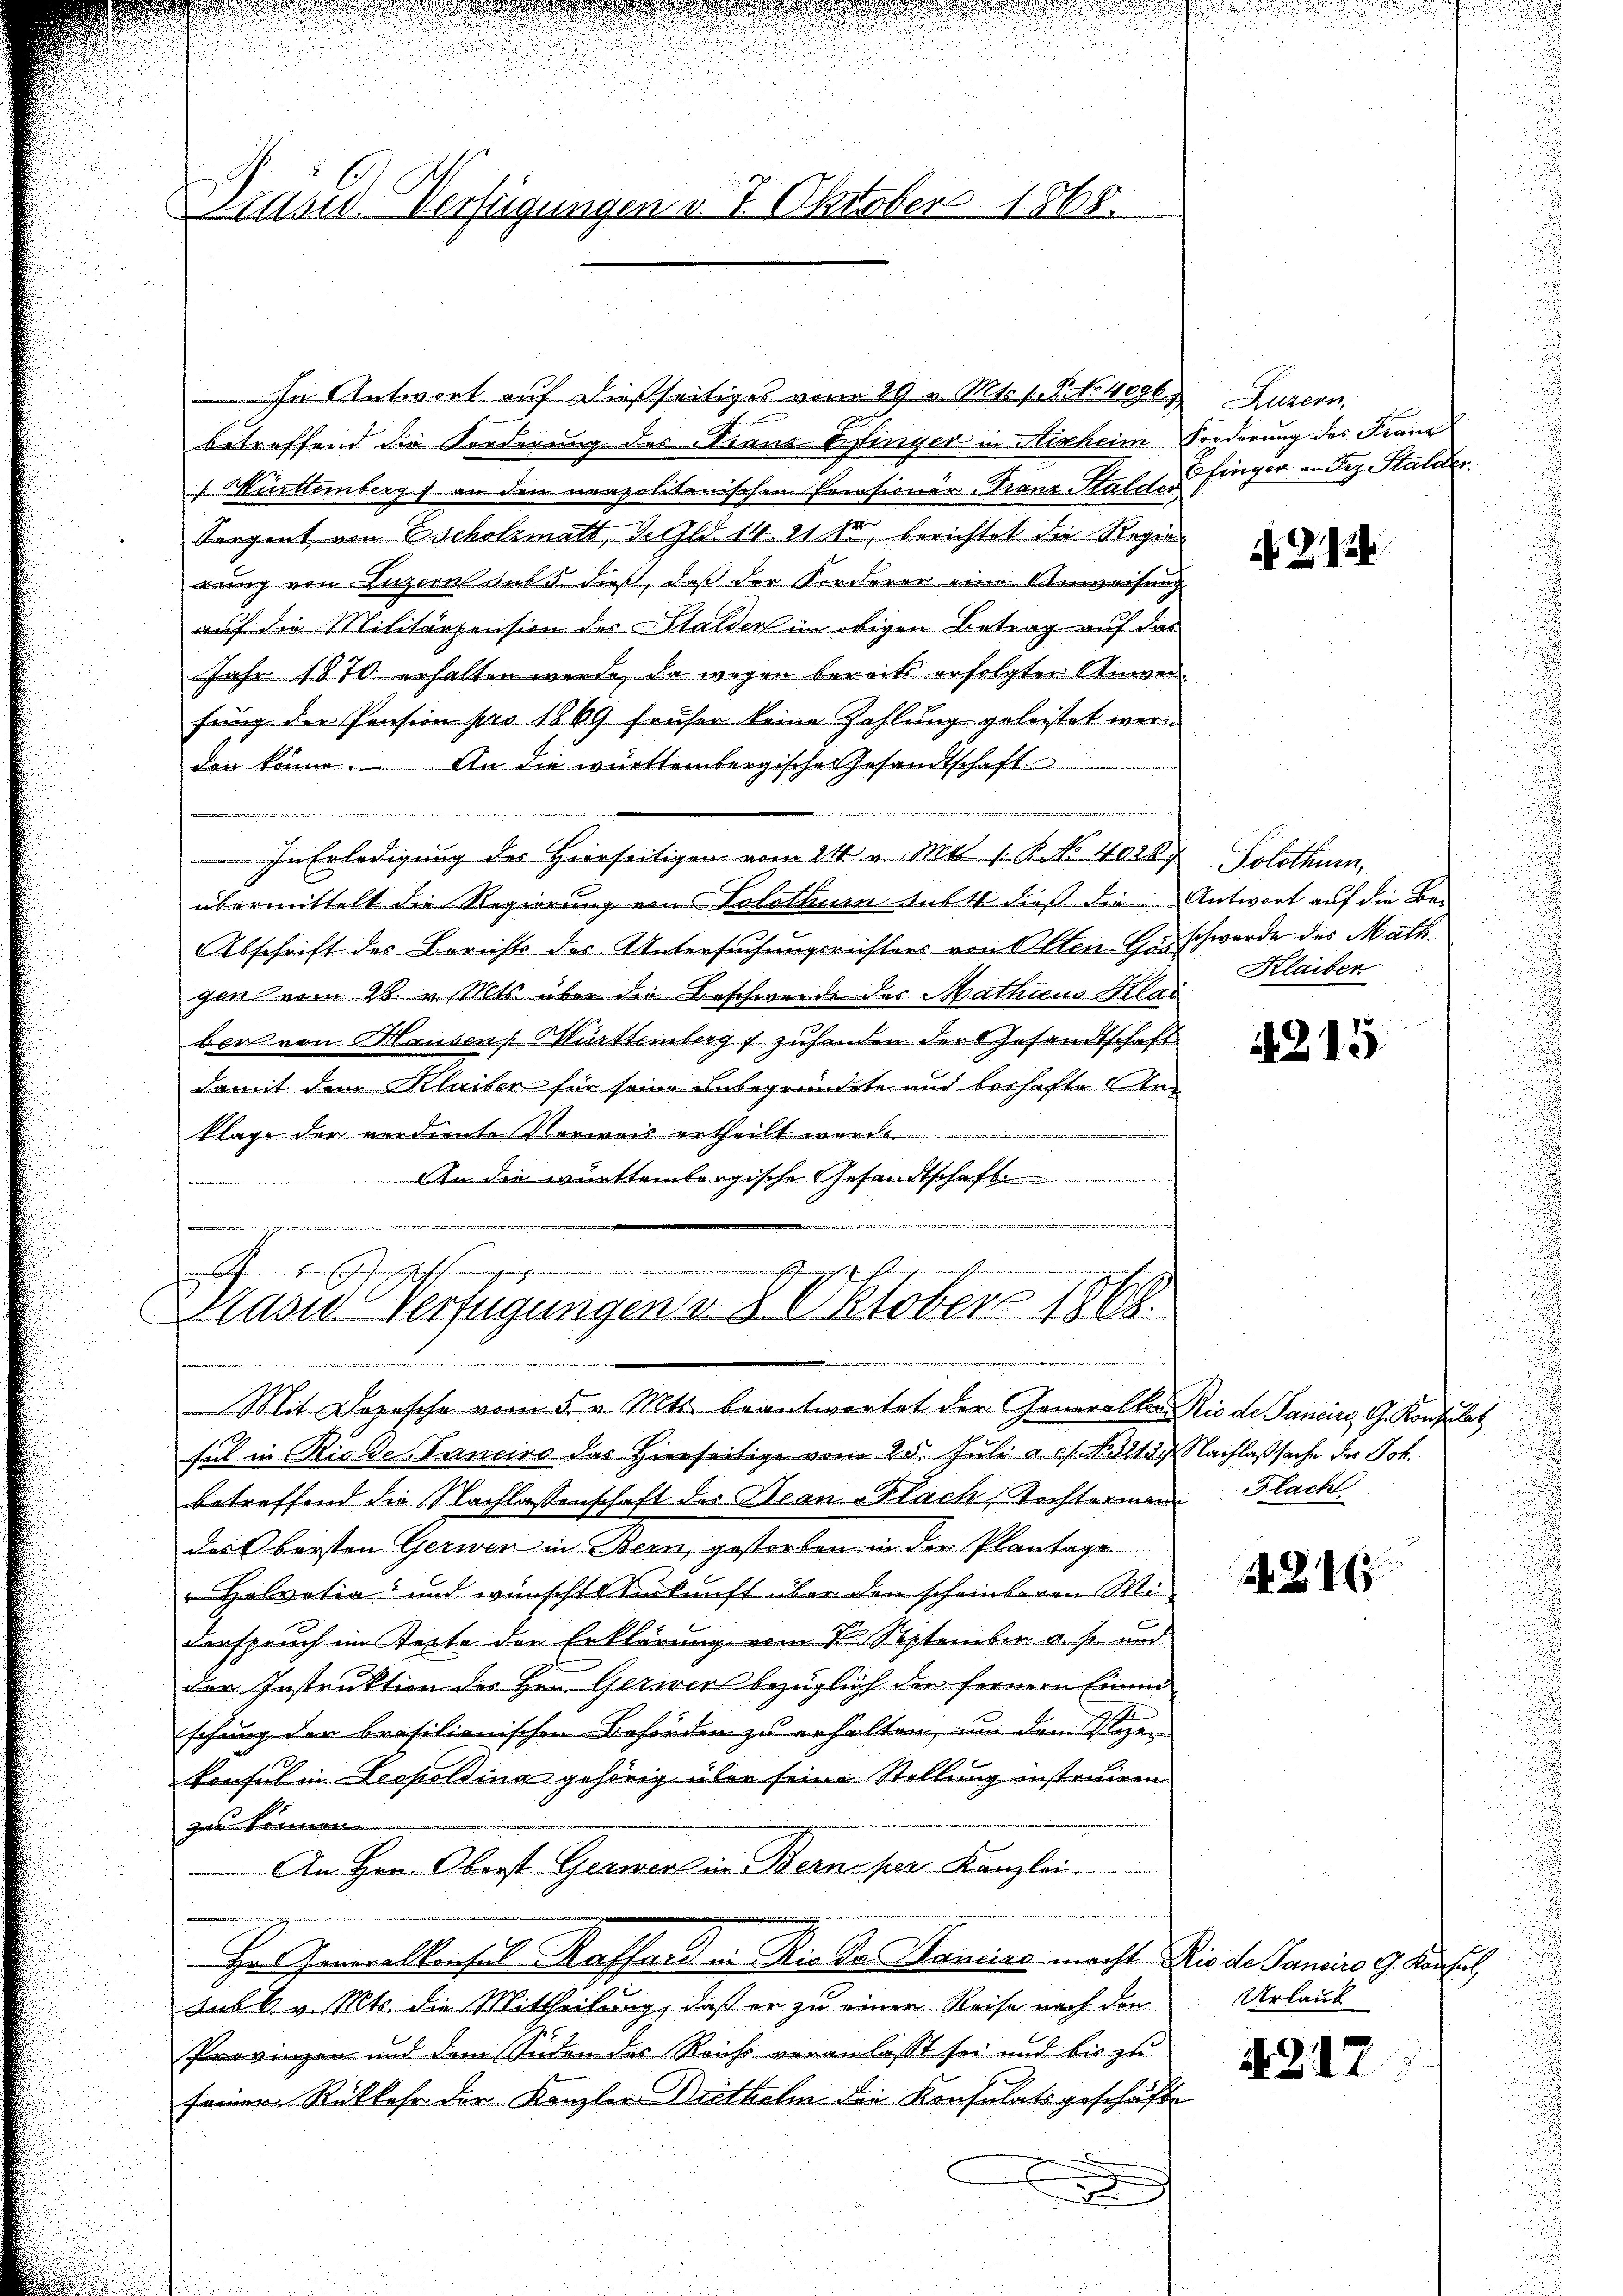
Brand Verfügungen v. 7. Oktober 1868.

In Antwort auf dießseitiges vom 19 v. Mts. s. Bregen Luzern
betreffend die Forderung des Diana Pfinger in Hisheim Forderung des Franz
 Württemberg) an den neapolitanischen Erensionär-Franz Stald- & Finger an Frz. Stalder.
Sargent von Erscholzmatt Geld 14. 21 Sr, berichtet die Regie
rung von Luzern sub 5. dieß, daß der Forderer eine Anweisung
auf die Militärpension des Stalder in obigen Betrag auf das
Jahr 1870 erhalten werde, da wegen bereits erfolgter Stimenfung der Pension pro 1869 früher keine Zahlung geleistet worden könne. An die württembergische Gesandtschaft
In Erledigung des Hierseitigen vom 14 v. Mts. s. R. 4028.
übermittelt die Regierung von Solothur dass dieß die Antwort auf die Be-
Abschrift des Berichts des Untersuchungsrichters von Olten Horschwerde des Math.
gen vom 28. v. Mts. über die Beschwerde des Mathaus Klas
ber von Hausen Württemberg   zuhanden der Gesandtschaft
damit dem Klaiber für seine unbegründete und boshafte Anklage der verdiente Vorweis ertheilt worde
An die württembergische Gesandtschaft.
e
.
J.
Masus Verfügungen v. 8. Oktober 1868.

Mit Dopesche vom 5. v. Mts. beantwortet der Generaltorio de Sancirs, G. Konsulat
fel in Riede Kancira das Hierseitige vom 25. Juli ass. No. 3213. Nachlaßsache des Joh.
betreffend die Nachlassenschaft des Bean Flach, Tochtermann Flach
dess beisten Gerner in Bern, gestorben in der Plantage
„Helvetia" und wünscht urkunft über den scheinbaren Miderspruch im Seite der Erklärung vom 7. September a. p. und
der Instruktion des Hrn. Gerwer bezüglich der fernern find
schung der brasilionischen Behörden zu erhalten, um den Vier
konsul in Leopoldina gehörig über seine Stellung instruiren
zu kommen
An Hrn. Oberst Gerwert in Berne per Kanzlei
 Finande Tat mit
Hr. Generalkonsul Kassard in Rieka Mancire macht Rio de Janis 9. Konsul
sub 6. v. Mts. die Mittheilung, daß er zu einer Reise nach den
Provinzen und dem Süden des Reicht veranlasst sei und bis zu
seiner Rückkehr der Kanzler Drithelm die Konsulatsgeschäfte
.
d

2. Ju

Solothurn,
Klaiber

4215

24

Urlaub

4. 227